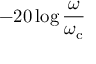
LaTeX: - 2 0 \log { \frac { \omega } { \omega _ { \mathrm { c } } } }